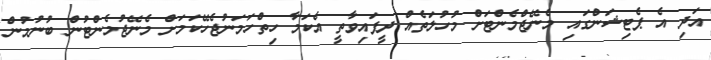
އަދި އެ ޕެޓިޝަންގައި މެނޭޖްމެންޓަށް މުހުލަތެއް ދީފައިވާތީ އެކަމާ ހިތްހަމަނުޖެހޭކަމަށް މެނޭޖުމެންޓުން ބުނުމުން